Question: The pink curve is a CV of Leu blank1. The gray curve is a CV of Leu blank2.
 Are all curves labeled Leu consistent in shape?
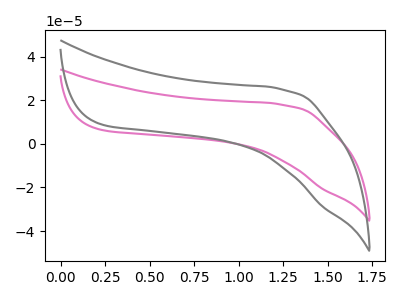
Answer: <think>The pink curve "Leu blank1" has no peaks. The gray curve "Leu blank2" has no peaks.
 Neither "Leu blank1" or "Leu blank2" have any peaks.</think>
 <answer>All the CV's of "Leu" have similar shape.</answer>
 <eval>follow_rule</eval>